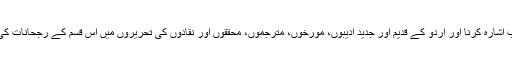
ان حضرات کا خیال ہے کہ اس موضوع کی جانب اشارہ کرنا اور اُردو کے قدیم اور جدید ادیبوں، مورّخوں، مترجموں، محقّقوں اور نقّادوں کی تحریروں میں اس قسم کے رجحانات کی نشان دہی کرنا ہی فرقہ پرستی کے مترادف ہے۔